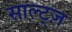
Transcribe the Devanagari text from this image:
साल्ट्ज़